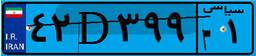
۳۰D۰۴۵۲۲